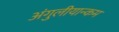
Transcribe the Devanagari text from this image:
अंगुलीयान्कम